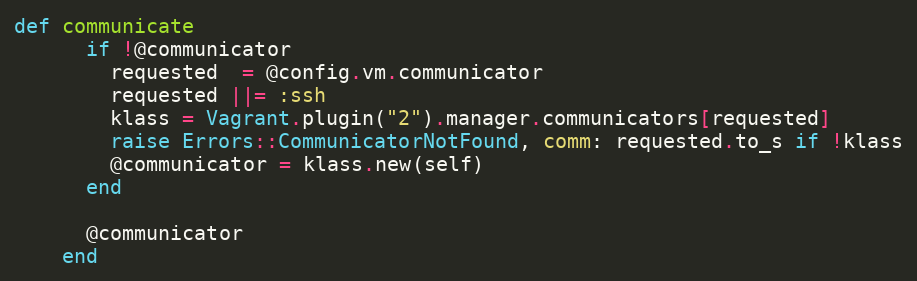
Language: Ruby
def communicate
      if !@communicator
        requested  = @config.vm.communicator
        requested ||= :ssh
        klass = Vagrant.plugin("2").manager.communicators[requested]
        raise Errors::CommunicatorNotFound, comm: requested.to_s if !klass
        @communicator = klass.new(self)
      end

      @communicator
    end